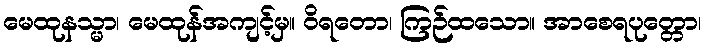
မေထုနသ္မာ၊ မေထုန်အကျင့်မှ။ ဝိရတော၊ ကြဉ်ထသော။ အာစေရပုတ္တော၊